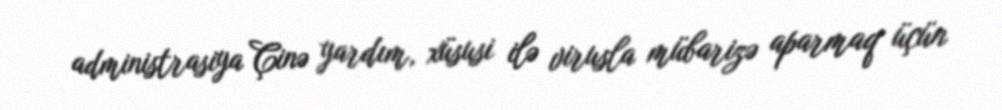
administrasiya Çinə yardım, xüsusi ilə virusla mübarizə aparmaq üçün